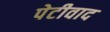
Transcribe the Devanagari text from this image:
पेटीवाद